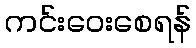
ကင်းဝေးစေရန်